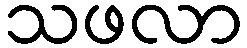
သဖလာ